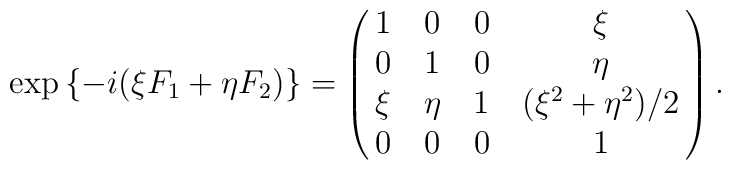
\exp{\left\{-i(\xi F_{1} + \eta F_{2})\right\}} =\pmatrix{1&0&0&\xi \cr0 & 1 & 0 & \eta\cr \xi & \eta & 1 & (\xi ^{2} + \eta ^{2})/2 \cr0&0&0&1}  .